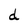
Character: d